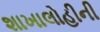
શાખાલોહીની